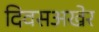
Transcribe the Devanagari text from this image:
दिवसअखेर